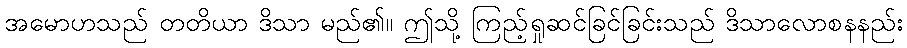
အမောဟသည် တတိယာ ဒိသာ မည်၏။ ဤသို့ ကြည့်ရှုဆင်ခြင်ခြင်းသည် ဒိသာလောစနနည်း